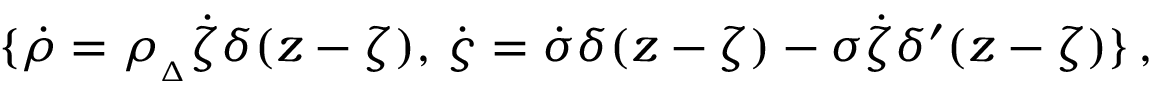
\{ \dot { \rho } = \rho _ { { } _ { \Delta } } \dot { \zeta } \delta ( z - \zeta ) , \, \dot { \varsigma } = \dot { \sigma } \delta ( z - \zeta ) - \sigma \dot { \zeta } \delta ^ { \prime } ( z - \zeta ) \} \, ,